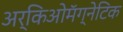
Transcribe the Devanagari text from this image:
अर्किओमॅग्नेटिक